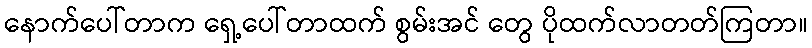
နောက်ပေါ်တာက ရှေ့ပေါ်တာထက် စွမ်းအင် တွေ ပိုထက်လာတတ်ကြတာ။